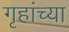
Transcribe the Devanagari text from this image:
गृहांच्या